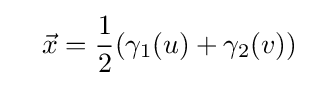
\quad {\vec {x}}={\frac {1}{2}}(\gamma _{1}(u)+\gamma _{2}(v))\;